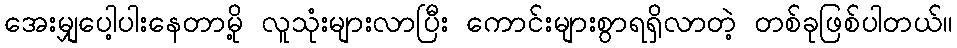
အေးမျှပေါ့ပါးနေတာမို့ လူသုံးများလာပြီး ကောင်းများစွာရရှိလာတဲ့ တစ်ခုဖြစ်ပါတယ်။